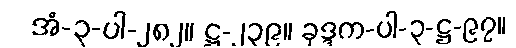
အံ-၃-ပါ-၂၈၂။ ဋ္ဌ-၂၃၉။ ခုဒ္ဒက-ပါ-၃-ဋ္ဌ-၉၇။